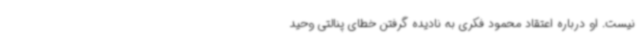
نیست. او درباره اعتقاد محمود فکری به نادیده گرفتن خطای پنالتی وحید